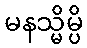
မနသ္မိမ္ပိ